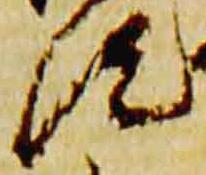
汰